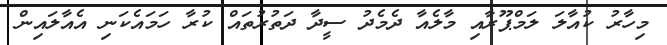
މިހާރު ކުއާލަ ލަމްޕޫރާއި މާލެއާ ދެމެދު ސީދާ ދަތުރުތައް ކުރާ ހަމައެކަނި އެއާލައިން